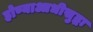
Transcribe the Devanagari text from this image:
होण्याआधीसुद्धा